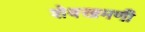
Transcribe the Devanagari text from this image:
शेवखमणी